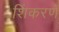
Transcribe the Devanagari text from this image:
शिंकरणे